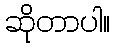
ဆိုတာပါ။